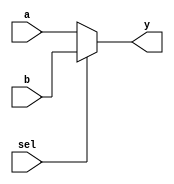
module mux2( sel, a, b, y );
    parameter bitwidth=32;
    input sel;
    input  [bitwidth-1:0] a, b;
    output [bitwidth-1:0] y;

    assign y = sel ? b : a;
endmodule